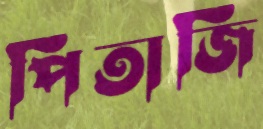
পিতাজি